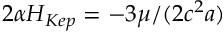
2 \alpha { \cal H } _ { K e p } = - 3 \mu / ( 2 c ^ { 2 } a )